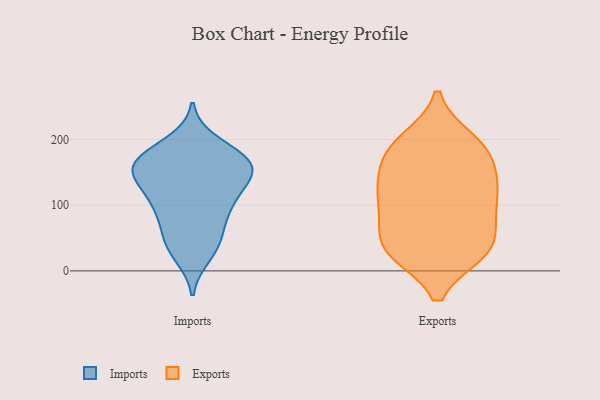
{"axis": {"x": "Inventory Turnover", "y": "Value"}, "legend": ["Exports", "Imports"], "data": [{"x": "", "y": 157, "type": "Imports"}, {"x": "", "y": 173, "type": "Imports"}, {"x": "", "y": 24, "type": "Imports"}, {"x": "", "y": 97, "type": "Imports"}, {"x": "", "y": 180, "type": "Imports"}, {"x": "", "y": 55, "type": "Imports"}, {"x": "", "y": 157, "type": "Imports"}, {"x": "", "y": 139, "type": "Imports"}, {"x": "", "y": 195, "type": "Imports"}, {"x": "", "y": 163, "type": "Imports"}, {"x": "", "y": 115, "type": "Imports"}, {"x": "", "y": 43, "type": "Imports"}, {"x": "", "y": 99, "type": "Imports"}, {"x": "", "y": 141, "type": "Imports"}, {"x": "", "y": 77, "type": "Imports"}, {"x": "", "y": 104, "type": "Imports"}, {"x": "", "y": 35, "type": "Imports"}, {"x": "", "y": 170, "type": "Imports"}, {"x": "", "y": 158, "type": "Imports"}, {"x": "", "y": 145, "type": "Imports"}, {"x": "", "y": 29, "type": "Exports"}, {"x": "", "y": 132, "type": "Exports"}, {"x": "", "y": 108, "type": "Exports"}, {"x": "", "y": 29, "type": "Exports"}, {"x": "", "y": 133, "type": "Exports"}, {"x": "", "y": 181, "type": "Exports"}, {"x": "", "y": 81, "type": "Exports"}, {"x": "", "y": 174, "type": "Exports"}, {"x": "", "y": 29, "type": "Exports"}, {"x": "", "y": 197, "type": "Exports"}, {"x": "", "y": 59, "type": "Exports"}, {"x": "", "y": 109, "type": "Exports"}, {"x": "", "y": 29, "type": "Exports"}, {"x": "", "y": 138, "type": "Exports"}, {"x": "", "y": 40, "type": "Exports"}, {"x": "", "y": 178, "type": "Exports"}, {"x": "", "y": 94, "type": "Exports"}, {"x": "", "y": 199, "type": "Exports"}]}